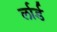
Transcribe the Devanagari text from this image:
र्लार्ड